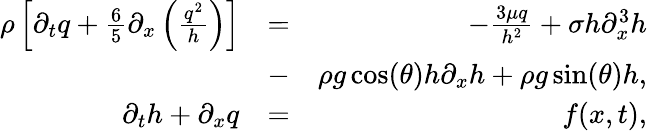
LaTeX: \begin{array}{rlr}{\rho\left[\partial_{t}q+\frac{6}{5}\partial_{x}\left(\frac{q^{2}}{h}\right)\right]}&{=}&{-\frac{3\mu q}{h^{2}}+\sigma h\partial_{x}^{3}h}\\ &{-}&{\rho g\cos(\theta)h\partial_{x}h+\rho g\sin(\theta)h,}\\ {\partial_{t}h+\partial_{x}q}&{=}&{f(x,t),}\end{array}